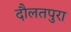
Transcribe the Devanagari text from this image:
दौलतपुरा